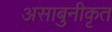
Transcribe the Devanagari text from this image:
असाबुनीकृत